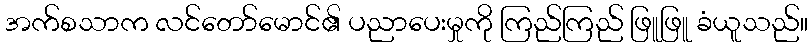
အက်စသာက လင်တော်မောင်၏ ပညာပေးမှုကို ကြည်ကြည် ဖြူဖြူ ခံယူသည်။